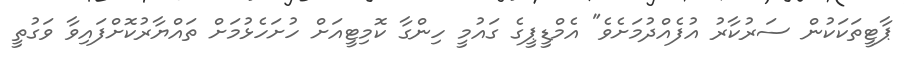
ޕާޓީތަކަކުން ސަރުކާރު އުފެއްދުމަށެވެ" އެމްޑީޕީގެ ގައުމީ ހިންގާ ކޮމިޓީއަށް ހުށަހެޅުމަށް ތައްޔާރުކޮށްފައިވާ ވަގުތީ